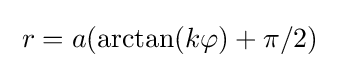
\;r=a(\arctan(k\varphi )+\pi /2)\;